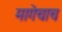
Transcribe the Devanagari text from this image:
मागेचाच